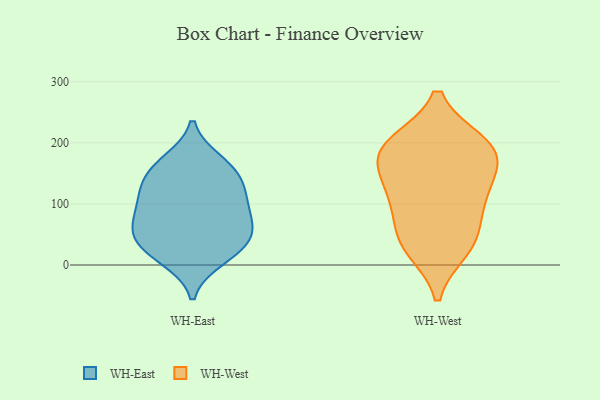
{"axis": {"x": "Backlog", "y": "Value"}, "legend": ["WH-East", "WH-West"], "data": [{"x": "", "y": 142, "type": "WH-East"}, {"x": "", "y": 163, "type": "WH-East"}, {"x": "", "y": 71, "type": "WH-East"}, {"x": "", "y": 100, "type": "WH-East"}, {"x": "", "y": 108, "type": "WH-East"}, {"x": "", "y": 53, "type": "WH-East"}, {"x": "", "y": 10, "type": "WH-East"}, {"x": "", "y": 169, "type": "WH-East"}, {"x": "", "y": 23, "type": "WH-East"}, {"x": "", "y": 141, "type": "WH-East"}, {"x": "", "y": 55, "type": "WH-East"}, {"x": "", "y": 26, "type": "WH-East"}, {"x": "", "y": 57, "type": "WH-East"}, {"x": "", "y": 107, "type": "WH-East"}, {"x": "", "y": 104, "type": "WH-West"}, {"x": "", "y": 28, "type": "WH-West"}, {"x": "", "y": 170, "type": "WH-West"}, {"x": "", "y": 176, "type": "WH-West"}, {"x": "", "y": 45, "type": "WH-West"}, {"x": "", "y": 40, "type": "WH-West"}, {"x": "", "y": 190, "type": "WH-West"}, {"x": "", "y": 124, "type": "WH-West"}, {"x": "", "y": 198, "type": "WH-West"}, {"x": "", "y": 197, "type": "WH-West"}, {"x": "", "y": 112, "type": "WH-West"}]}